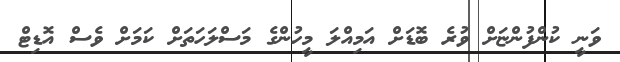
ވަނީ ކުންފުންޏަށް ވުރެ ބޮޑަށް އަމިއްލަ މީހުންގެ މަސްލަހަތަށް ކަމަށް ވެސް އޮޑިޓް